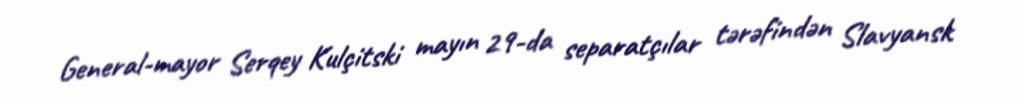
General-mayor Serqey Kulçitski mayın 29-da separatçılar tərəfindən Slavyansk